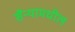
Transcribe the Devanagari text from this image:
सैन्यामधील